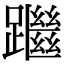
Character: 䠪